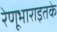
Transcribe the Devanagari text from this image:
रेणूभाराइतके